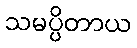
သမပ္ပိတာယ